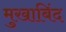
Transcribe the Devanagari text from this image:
मुखाबिंद